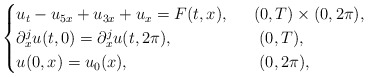
\begin{align*}\begin{cases}u_t-u_{5x}+u_{3x}+u_x=F(t,x), & \ \ (0,T)\times (0,2\pi),\\\partial_x^ju(t,0)=\partial_x^ju(t,2\pi), & \ \ \ (0,T),\\u(0,x)=u_0(x), &\ \ \ (0,2\pi),\end{cases}\end{align*}